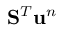
\mathbf { S } ^ { T } \ensuremath { \mathbf { u } } ^ { n }